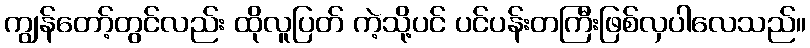
ကျွန်တော့်တွင်လည်း ထိုလူပြတ် ကဲ့သို့ပင် ပင်ပန်းတကြီးဖြစ်လှပါလေသည်။